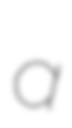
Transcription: a